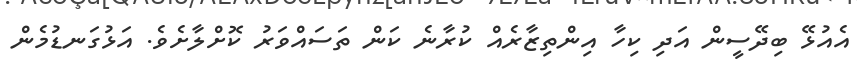
އެއުޅޭ ބިދޭސީން އަދި ކިހާ އިންތިޒާރެއް ކުރާނެ ކަން ތަސައްވަރު ކޮށްލާށެވެ. އަޅުގަނޑުމެން